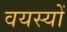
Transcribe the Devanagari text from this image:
वयस्यों